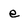
Character: e